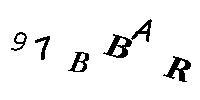
97BBAR